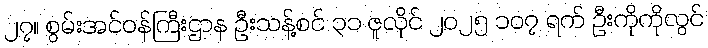
၂၇။ စွမ်းအင်ဝန်ကြီးဌာန ဦးသန့်စင် ၃၁ ဇူလိုင် ၂၀၂၅ ၁၀၇ ရက် ဦးကိုကိုလွင်